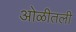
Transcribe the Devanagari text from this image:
ओळीतली